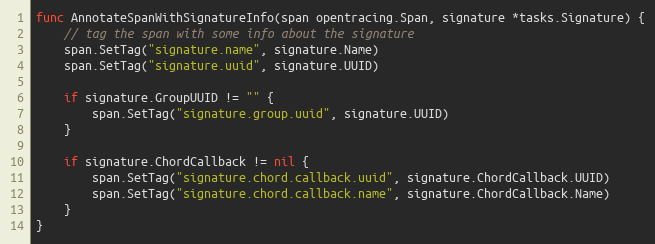
Language: Go
func AnnotateSpanWithSignatureInfo(span opentracing.Span, signature *tasks.Signature) {
	// tag the span with some info about the signature
	span.SetTag("signature.name", signature.Name)
	span.SetTag("signature.uuid", signature.UUID)

	if signature.GroupUUID != "" {
		span.SetTag("signature.group.uuid", signature.UUID)
	}

	if signature.ChordCallback != nil {
		span.SetTag("signature.chord.callback.uuid", signature.ChordCallback.UUID)
		span.SetTag("signature.chord.callback.name", signature.ChordCallback.Name)
	}
}